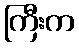
ကြီးက